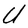
Character: U